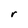
Character: r